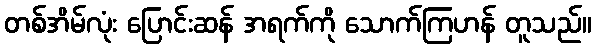
တစ်အိမ်လုံး ပြောင်းဆန် အရက်ကို သောက်ကြဟန် တူသည်။